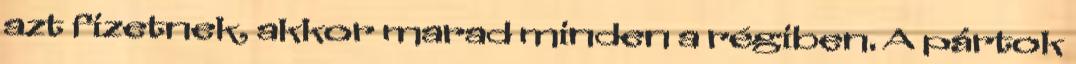
azt fizetnek, akkor marad minden a régiben. A pártok